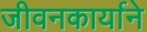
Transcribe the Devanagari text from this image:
जीवनकार्याने